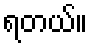
ရတယ်။